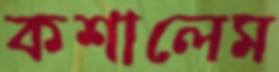
কশালেম